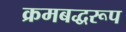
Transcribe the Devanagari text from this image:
क्रमबद्धरूप